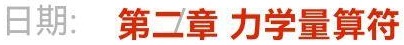
日期: 第二章 力学量算符